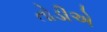
તોડીએ